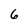
Character: 6